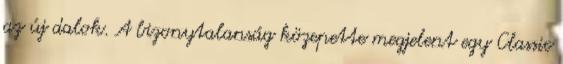
az új dalok. A bizonytalanság közepette megjelent egy Classic